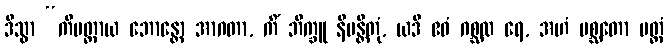
ဒိသွာ “ကိမတ္ထာယ ဘောန္တော အာဂတာ, ကိံ ဘိက္ခူ နိမန္တိတုံ, ယဒိ ဧဝံ ဂစ္ဆထ ရေ, အဟံ ပစ္ဆတော ပတ္တံ